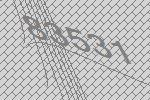
83531